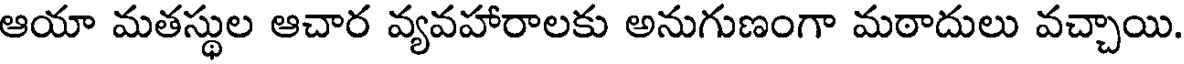
ఆయా మతస్థుల ఆచార వ్యవహారాలకు అనుగుణంగా మఠాదులు వచ్చాయి.